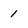
Character: 1